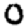
Digit: 0